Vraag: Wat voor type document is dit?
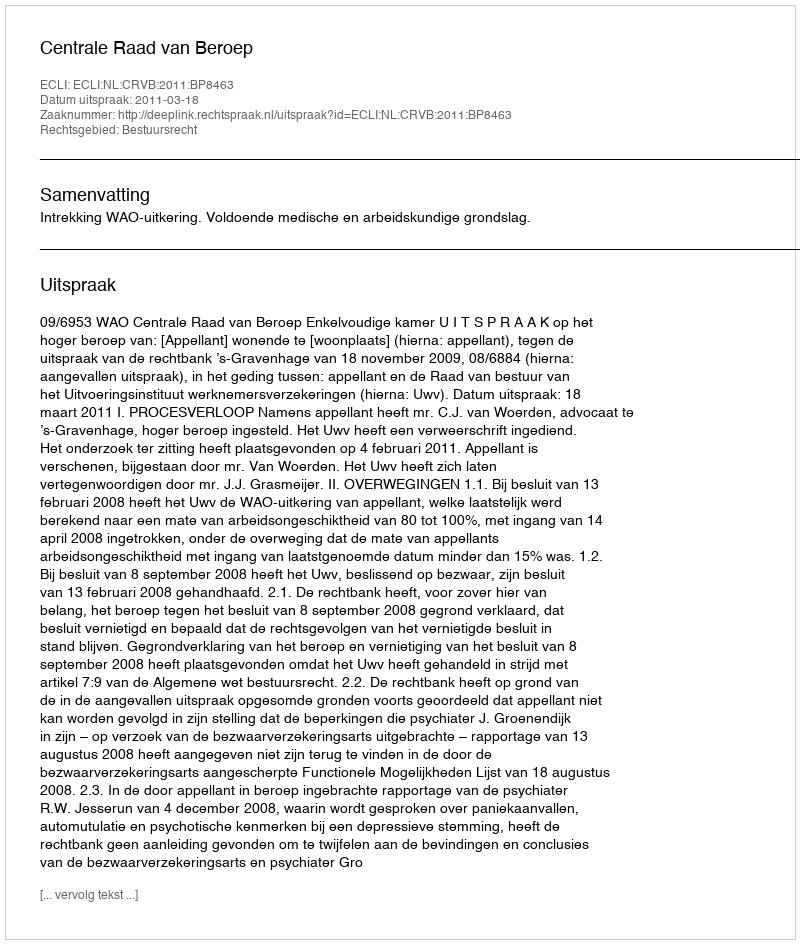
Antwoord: Uitspraak